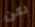
لكن